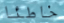
خاطئا